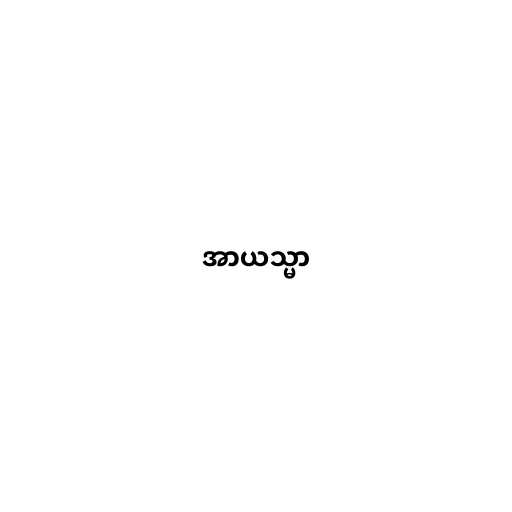
အာယသ္မာ